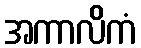
အကာလိကံ